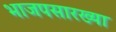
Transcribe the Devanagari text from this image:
भाजपसारख्या